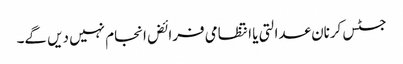
جسٹس کرنان عدالتی یا انتظامی فرائض انجام نہیں دیں گے۔